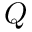
Q